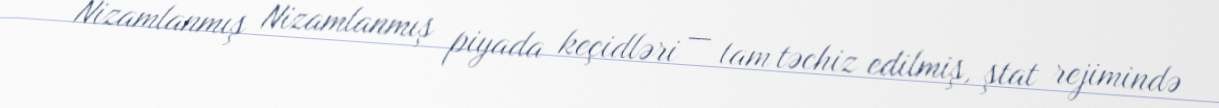
Nizamlanmış Nizamlanmış piyada keçidləri — tam təchiz edilmiş, ştat rejimində